Malarial fevers
Disease focus: Malaria
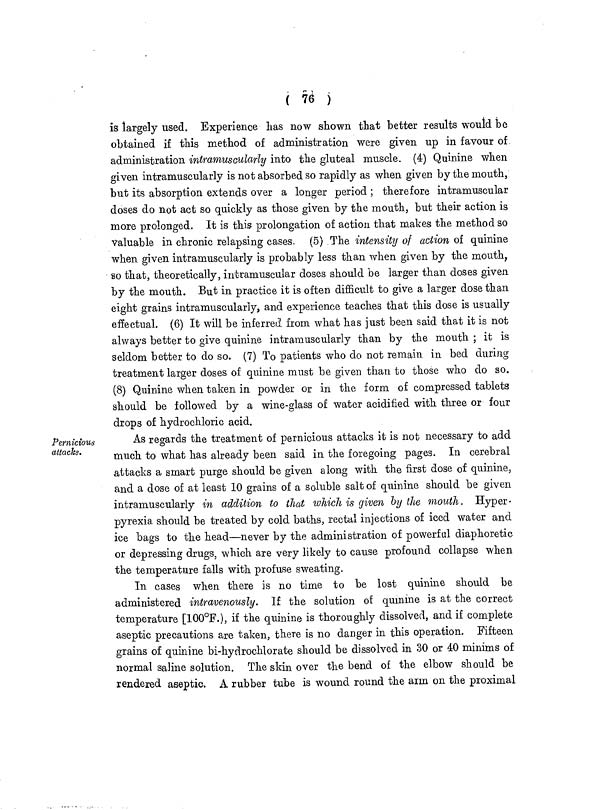
( 76 )
is largely used. Experience has now shown that better results would be
obtained if this method of administration were given up in favour of
administration intramuscularly into the gluteal muscle. (4) Quinine when
given intramuscularly is not absorbed so rapidly as when given by the mouth,
but its absorption extends over a longer period ; therefore intramuscular
doses do not act so quickly as those given by the mouth, but their action is
more prolonged. It is this prolongation of action that makes the method so
valuable in chronic relapsing cases. (5) The intensity of action of quinine
when given intramuscularly is probably less than when given by the mouth,
so that, theoretically, intramuscular doses should be larger than doses given
by the mouth. But in practice it is often difficult to give a larger dose than
eight grains intramuscularly, and experience teaches that this dose is usually
effectual. (6) It will be inferred from what has just been said that it is not
always better to give quinine intramuscularly than by the mouth ; it is
seldom better to do so. (7) To patients who do not remain in bed during
treatment larger doses of quinine must be given than to those who do so.
(8) Quinine when taken in powder or in the form of compressed tablets
should be followed by a wine-glass of water acidified with three or four
drops of hydrochloric acid.
Pernicious
attacks.
As regards the treatment of pernicious attacks it is not necessary to add
much to what has already been said in the foregoing pages. In cerebral
attacks a smart purge should be given along with the first dose of quinine,
and a dose of at least 10 grains of a soluble salt of quinine should be given
intramuscularly in addition to that which is given by the mouth. Hyper-
pyrexia should be treated by cold baths, rectal injections of iced water and
ice bags to the head—never by the administration of powerful diaphoretic
or depressing drugs, which are very likely to cause profound collapse when
the temperature falls with profuse sweating.
In cases when there is no time to be lost quinine should be
administered intravenously. If the solution of quinine is at the correct
temperature [100°F.), if the quinine is thoroughly dissolved, and if complete
aseptic precautions are taken, there is no danger in this operation. Fifteen
grains of quinine bi-hydrochlorate should be dissolved in 30 or 40 minims of
normal saline solution. The skin over the bend of the elbow should be
rendered aseptic. A rubber tube is wound round the arm on the proximal